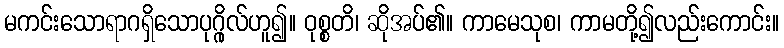
မကင်းသောရာဂရှိသောပုဂ္ဂိုလ်ဟူ၍။ ဝုစ္စတိ၊ ဆိုအပ်၏။ ကာမေသုစ၊ ကာမတို့၍လည်းကောင်း။